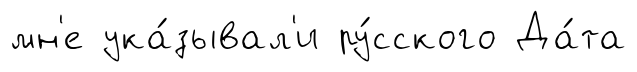
мн'е ука́зывал'и ру́сского Да́та